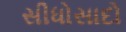
સીધોસાદો